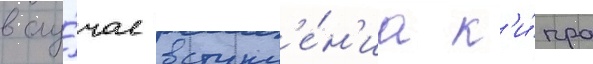
в слу́чае вступл'е́н'иа к'и́пра